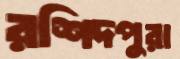
রশিদপুরা